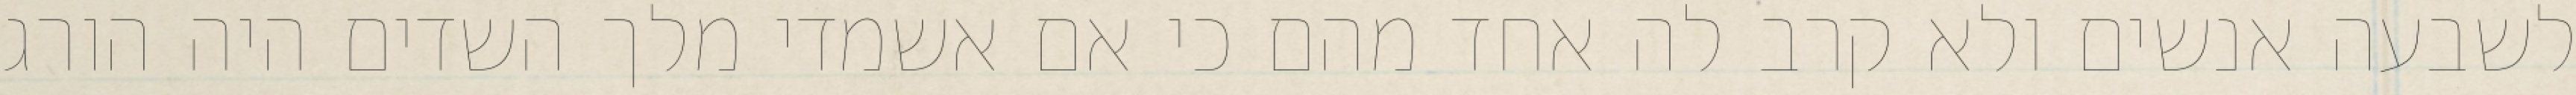
לשבעה אנשים ולא קרב לה אחד מהם כי אם אשמדי‏ מלך השדים היה הורג